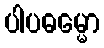
ပါပဓမ္မော